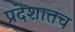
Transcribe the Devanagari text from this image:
प्रदेशातच